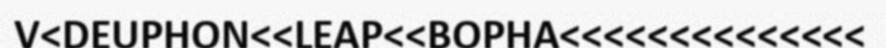
V<DEUPHON<<LEAP<<BOPHA<<<<<<<<<<<<<<